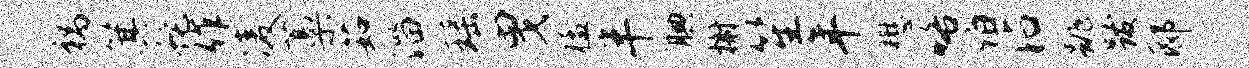
祸箕蛇作凌藁茹淄瑶曳猛半腆榭笙年懋咯伯沾跳跋邸